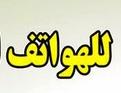
للهواتف